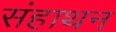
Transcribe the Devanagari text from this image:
संहाथन